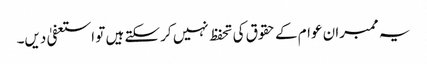
یہ ممبران عوام کے حقوق کی تحفظ نہیں کر سکتے ہیں تو استعفیٰ دیں۔